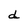
Character: d